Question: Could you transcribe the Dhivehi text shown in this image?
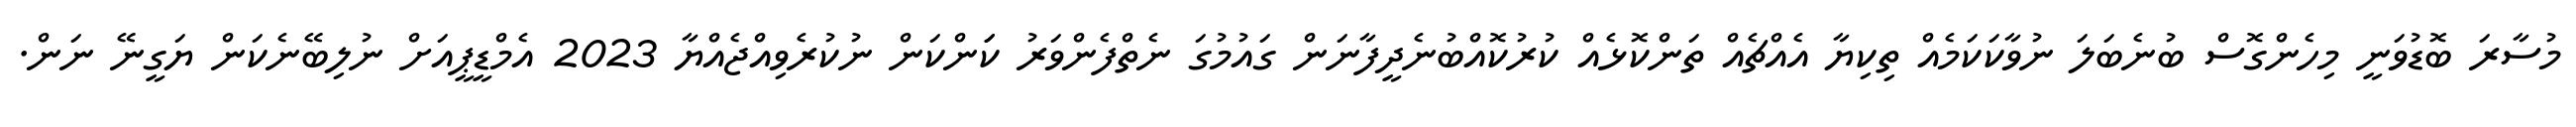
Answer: މުސާރަ ބޮޑުވަނީ މިހެންގޮސް ބުނެބަލަ ނުވާކަކަމެއް ތިކިޔާ އެއްޗެއް ތަންކޮޅެއް ކުރުކޮއްބުނެދީފާނަން ގައުމުގަ ނެތްފެންވަރު ކަަންކަން ނުކުރެވިއްޖެއްޔާ 2023 އެމްޑީޕީއަށް ނުލިބޭނެކަން ޔަގީނޭ ނަން.